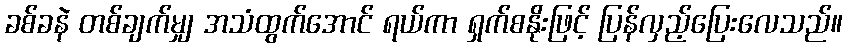
ခစ်ခနဲ တစ်ချက်မျှ အသံထွက်အောင် ရယ်ကာ ရှက်စနိုးဖြင့် ပြန်လှည့်ပြေးလေသည်။